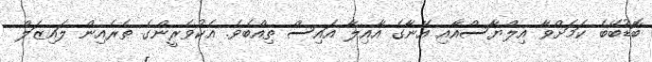
ބޮޑުބޭބެ ކަމަށްވާ އިލްޔާސްއާއި އޭނާގެ އާއިލާ އައިސް ތިއްބެވެ. އެކުވެރީންގެ ތެރެއިން ލައިޒަލް